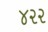
૪૨૨